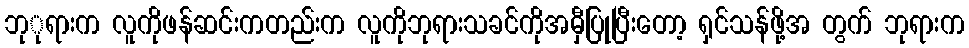
ဘုုရားက လူကိုဖန်ဆင်းကတည်းက လူကိုဘုရားသခင်ကိုအမှီပြုပြီးတော့ ရှင်သန်ဖို့အ တွက် ဘုရားက